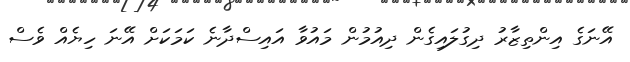
އޭނަގެ އިންތިޒާރު ދިގުލައިގެން ދިއުމުން މައުވާ އައިސްދާނެ ކަމަކަށް އޭނަ ހިޔެއް ވެސް